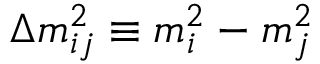
\Delta m _ { i j } ^ { 2 } \equiv m _ { i } ^ { 2 } - m _ { j } ^ { 2 }